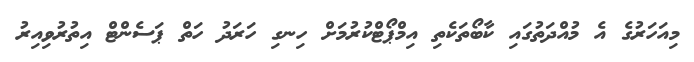
މިއަހަރުގެ އެ މުއްދަތުގައި ކާބޯތަކެތި އިމްޕޯޓްކުރުމަށް ހިނގި ހަރަދު ހަތް ޕަސެންޓް އިތުރުވިއިރު